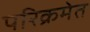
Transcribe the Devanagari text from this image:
परिक्रमेत